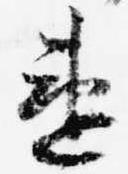
違